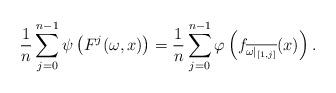
LaTeX: \begin{align*}\frac{1}{n} \sum_{j=0}^{n-1} \psi\left(F^j(\omega, x)\right)=\frac{1}{n} \sum_{j=0}^{n-1} \varphi\left(f_{\overline{\omega|_{[1,j]}}}(x)\right).\end{align*}